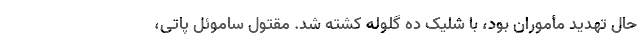
حال تهدید مأموران بود، با شلیک ده گلوله کشته شد. مقتول ساموئل پاتی،